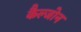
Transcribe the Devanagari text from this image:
कैल्जोन